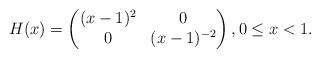
LaTeX: \begin{align*}H(x)=\begin{pmatrix}(x-1)^2&0\\0&(x-1)^{-2}\end{pmatrix},0\le x<1.\end{align*}